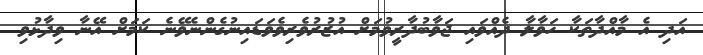
އަދި އެ މާއްދާތަކާ ހަވާލާ ދެއްވައި ޖަވާބުދާރީވުމަށް އުޒުރުވެރިވެވަޑައިނުގެންނެވޭނެ ކަމަށް އޭނާ ވިދާޅުވި